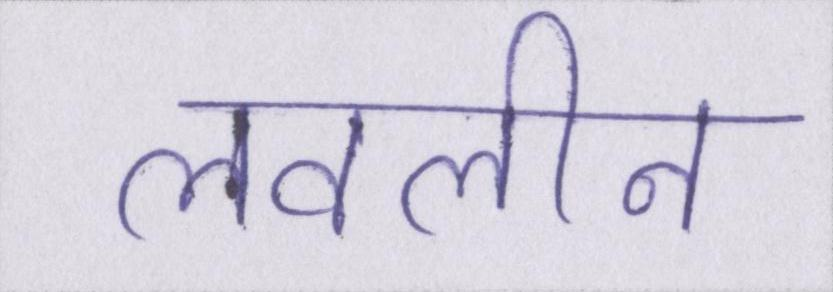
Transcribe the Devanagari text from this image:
लवलीन